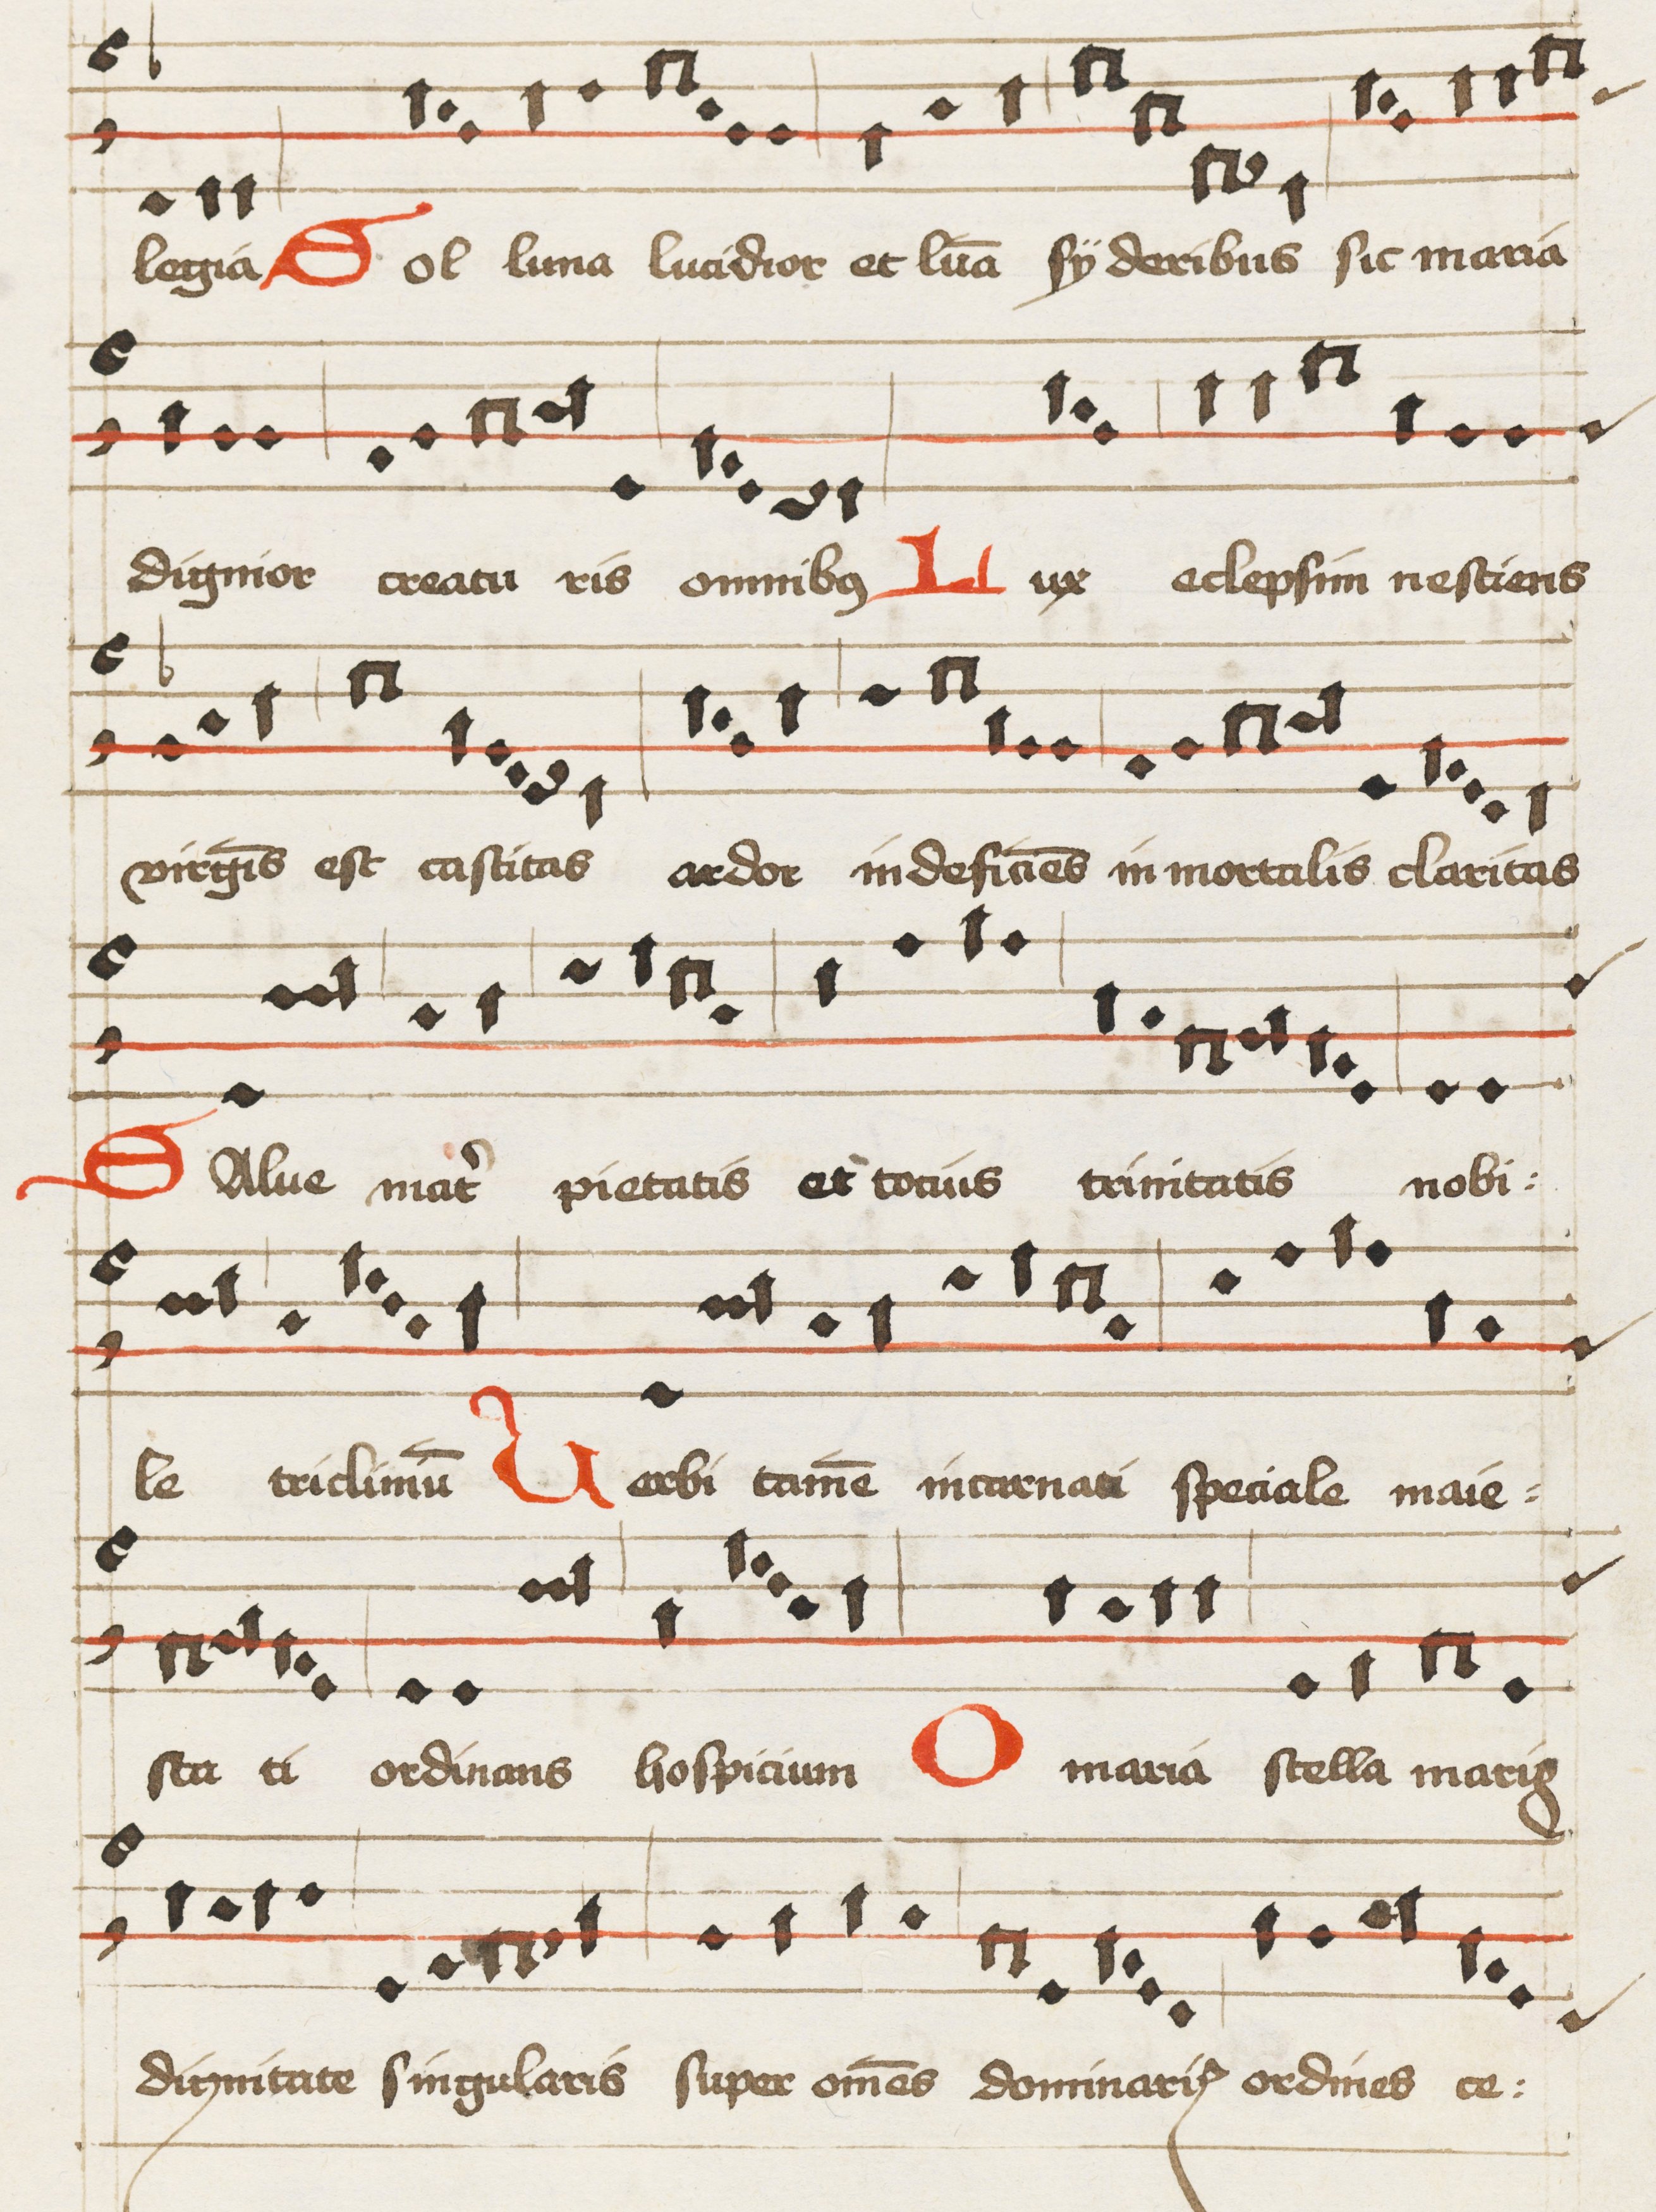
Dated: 1475–1499